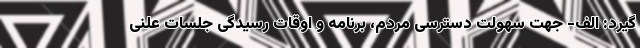
‌گیرد: الف- جهت سهولت دسترسی مردم، برنامه و اوقات رسیدگی جلسات علنی